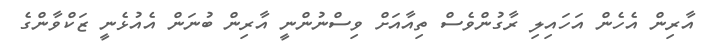
އާރިން އެހެން އަހައިލި ރާގުންވެސް ތިއާއަށް ވިސްނުންނީ އާރިން ބުނަން އެއުޅެނީ ޒަކްވާންގެ